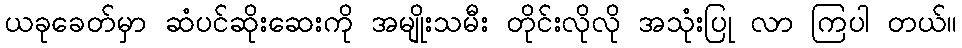
ယခုခေတ်မှာ ဆံပင်ဆိုးဆေးကို အမျိုးသမီး တိုင်းလိုလို အသုံးပြု လာ ကြပါ တယ်။